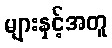
များနှင့်အတူ